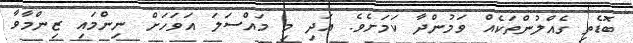
ބޮޑެތި ގެއްލުންތަކެއް ވަމުންދާ ކަމަށެވެ. އަދި މި މައްސަލަ އަވަހަށް ނިންމައި ޒިންމާވާ